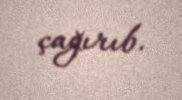
çağırıb.